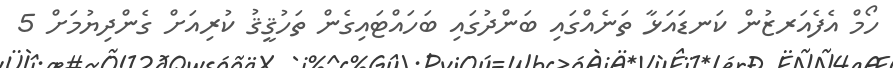
ހޯމް އެފެއަރޒުން ކަނޑައަޅާ ތަނެއްގައި ބަންދުގައި ބަހައްޓައިގެން ތަހުޤީޤު ކުރިއަށް ގެންދިޔުމަށް 5